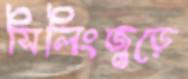
সিলিংজুড়ে